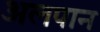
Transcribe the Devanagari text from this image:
अलपान